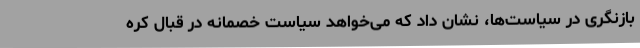
بازنگری در سیاست‌ها، نشان داد که می‌خواهد سیاست خصمانه در قبال کره